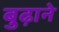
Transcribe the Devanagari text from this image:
बुढ़ाने